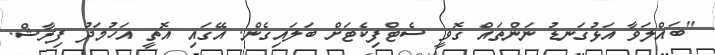
"ބައްލަވާ އަޅުގަނޑު ނަންތައް ގޮވީ ސެޓްފިކެޓަށް ބަލައިގެން. އޭގައި އޮތީ އަހުމަދު ފިރާޝް.